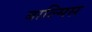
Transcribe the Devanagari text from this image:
बाल्मिस